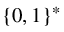
\{ 0 , 1 \} ^ { * }